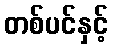
တစ်ပင်နှင့်